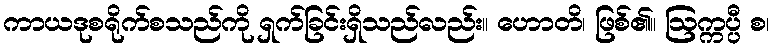
ကာယဒုစရိုက်စသည်ကို ရှက်ခြင်းရှိသည်လည်း။ ဟောတိ၊ ဖြစ်၏။ ဩက္ကပ္ပီ စ၊